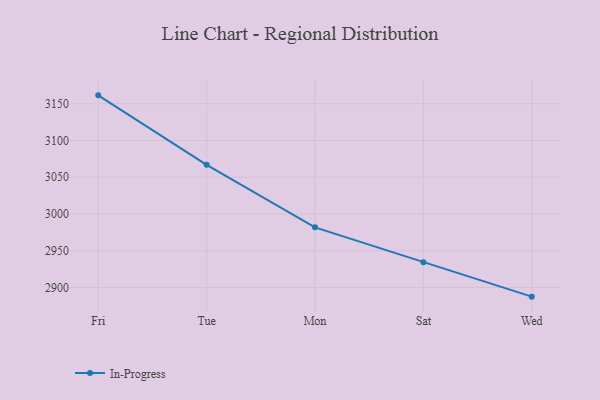
{"axis": {"x": "Day", "y": "Backlog"}, "legend": ["In-Progress"], "data": [{"x": "Fri", "y": 3161.5, "type": "In-Progress"}, {"x": "Tue", "y": 3067.0, "type": "In-Progress"}, {"x": "Mon", "y": 2981.8, "type": "In-Progress"}, {"x": "Sat", "y": 2934.3, "type": "In-Progress"}, {"x": "Wed", "y": 2887.5, "type": "In-Progress"}]}